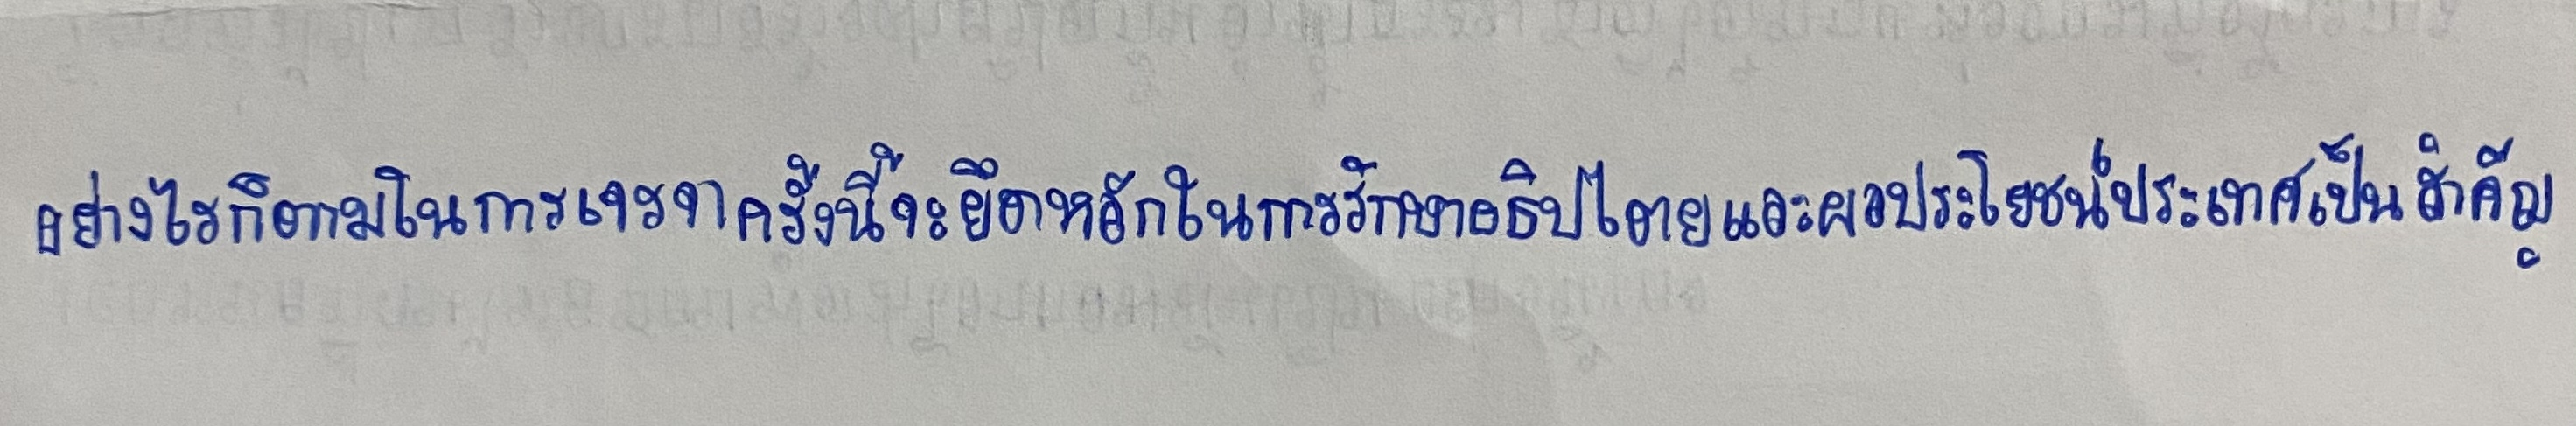
อย่างไรก็ตามในการเจรจาครั้งนี้จะยึดหลักในการรักษาอธิปไตยและผลประโยชน์ประเทศเป็นสำคัญ